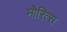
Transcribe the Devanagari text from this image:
मोरित्स